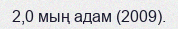
2,0 мың адам (2009).